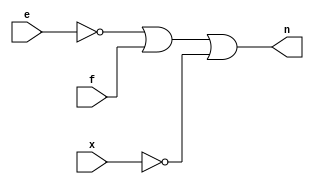
module blackbox(n, f, x, e);
    output n;
    input  f, x, e;
    wire   w03, w04, w05, w12, w14, w24, w25, w44, w45, w52, w67, w75, w82, w85;
    or  o13(n, w67, w14, w05);
    and a35(w14, w03, w85);
    not n55(w85, w03);
    and a86(w05, w45, w82);
    not n1(w45, w82);
    or  o87(w82, f, e, x);
    and a64(w03, w52, w04);
    not n31(w52, f);
    or  o26(w04, e, w12);
    and a80(w12, w25, w44);
    not n54(w25, x);
    not n56(w44, e);
    or  o16(w67, w75, f, w24);
    not n43(w75, e);
    not n92(w24, x);
endmodule // blackbox